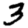
Digit: 3